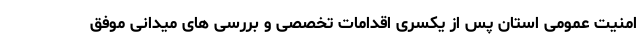
امنیت عمومی استان پس از یکسری اقدامات تخصصی و بررسی های میدانی موفق